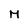
Character: M